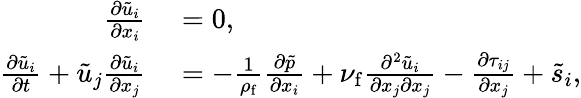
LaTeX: \begin{array}{rl}{\frac{\partial\tilde{u}_{i}}{\partial x_{i}}}&{{}=0,}\\ {\frac{\partial\tilde{u}_{i}}{\partial t}+\tilde{u}_{j}\frac{\partial\tilde{u}_{i}}{\partial x_{j}}}&{{}=-\frac{1}{\rho_{\mathrm{f}}}\frac{\partial\tilde{p}}{\partial x_{i}}+\nu_{\mathrm{f}}\frac{\partial^{2}\tilde{u}_{i}}{\partial x_{j}\partial x_{j}}-\frac{\partial\tau_{ij}}{\partial x_{j}}+\tilde{s}_{i},}\end{array}